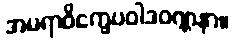
အမရာဝိက္ခေပဝါဒဝဏ္ဏနာ။